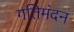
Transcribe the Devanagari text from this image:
गतिमंदन